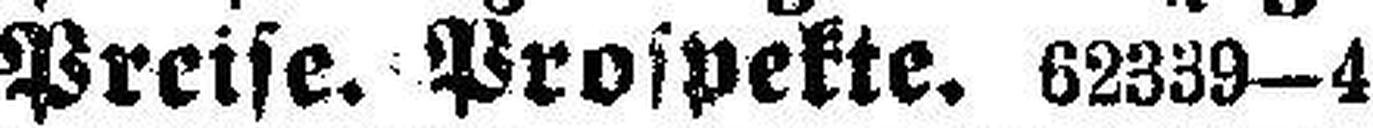
Preise. Prospekte. 62339—4